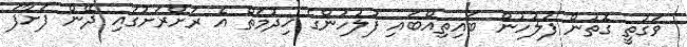
ވަގުތީ ގޮތުން ފުލުހުން ބައިތިއްބައި ފުލުހުންގެ ޚިދުމަތް އެ ރަށްރަށުގައި ދޭން ފަށާފަ